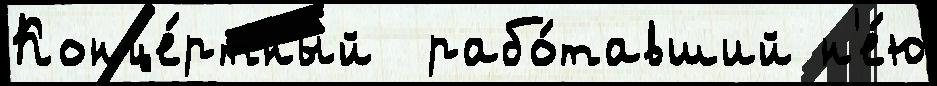
Конце́ртный  рабо́тавший н'е́ю